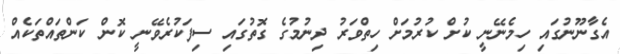
އެގާނޫނުގައި ހިމެނޭނީ ކުށް ކުރުމަށް ހިތްވަރު ދިނުމުގެ ގޮތުގައި ސިފަކުރެވޭނީ ކޮން ކަންތައްތަކެއް